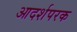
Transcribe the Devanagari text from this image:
आदर्शपरक